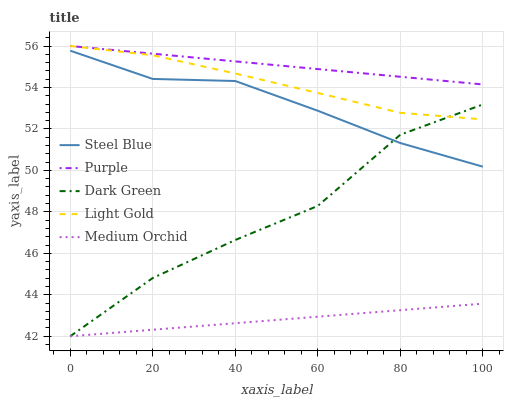
| xaxis_label | Steel Blue | Purple | Dark Green | Light Gold | Medium Orchid |
 | --- | --- | --- | --- | --- | --- |
 | 0 | 55.8 | 56 | 42 | 56 | 42 |
 | 20 | 54.4 | 55.6 | 44.8 | 55.6 | 42.3 |
 | 40 | 54.3 | 55.3 | 46.6 | 54.7 | 42.6 |
 | 60 | 52.9 | 54.9 | 48.3 | 53.7 | 42.9 |
 | 80 | 51.3 | 54.5 | 51.7 | 52.8 | 43.3 |
 | 100 | 50.2 | 54.1 | 53.2 | 52.5 | 43.6 |